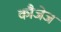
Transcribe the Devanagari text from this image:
कौजेज